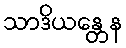
သာဒိယန္တေန